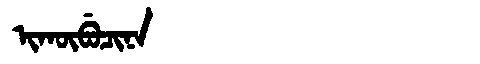
Manchu: ᡳᡴᡡᠪᡠᠴᡳᠨᠠ
Romanization: IKŪBUCINA